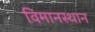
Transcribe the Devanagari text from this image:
विमानस्थान